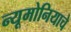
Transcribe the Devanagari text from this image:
न्यूमोनियाचे